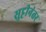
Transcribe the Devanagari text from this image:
सुट्टीनंतर